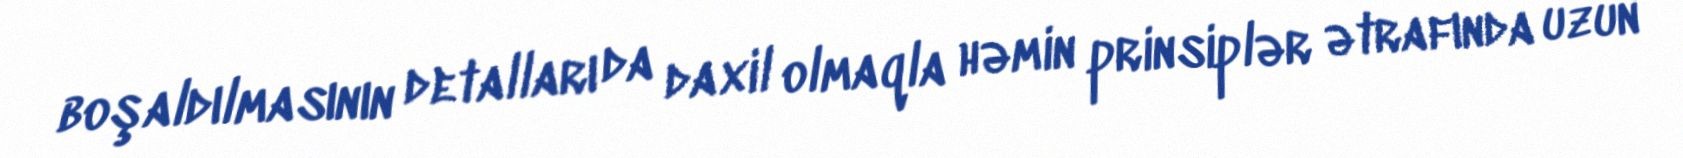
boşaldılmasının detalları da daxil olmaqla həmin prinsiplər ətrafında uzun